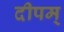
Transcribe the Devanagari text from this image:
दीपम्‌